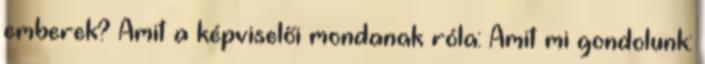
emberek? Amit a képviselői mondanak róla: Amit mi gondolunk: